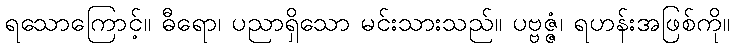
ရသောကြောင့်။ ဓီရော၊ ပညာရှိသော မင်းသားသည်။ ပဗ္ဗဇ္ဇံ၊ ရဟန်းအဖြစ်ကို။